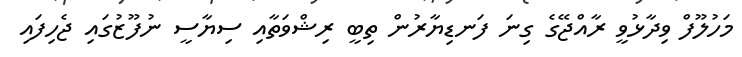
މަހުލޫފް ވިދާޅުވީ ރާއްޖޭގެ ގިނަ ފަނޑިޔާރުން ތިބީ ރިޝްވަތާއި ސިޔާސީ ނުފޫޒުގައި ޖެހިފައި